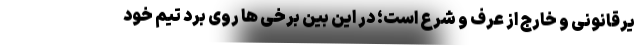
یرقانونی و خارج از عرف و شرع است؛ در این بین برخی ها روی برد تیم خود